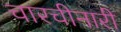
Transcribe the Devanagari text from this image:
चारचीनारी